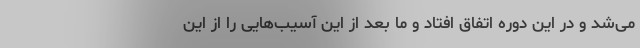
می‌شد و در این دوره اتفاق افتاد و ما بعد از این آسیب‌هایی را از این